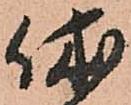
休